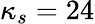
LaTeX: \kappa_{s}=24